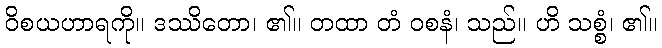
ဝိစယဟာရကို။ ဒဿိတော၊ ၏။ တထာ တံ ဝစနံ၊ သည်။ ဟိ သစ္စံ၊ ၏။